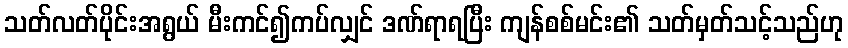
သတ်လတ်ပိုင်းအရွယ် မီးကင်၍ကပ်လျှင် ဒဏ်ရာရပြီး ကျန်စစ်မင်း၏ သတ်မှတ်သင့်သည်ဟု